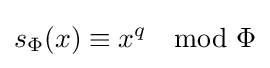
s_{\Phi }(x)\equiv x^{q}\mod \Phi